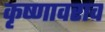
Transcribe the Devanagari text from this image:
कृष्णावराव